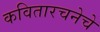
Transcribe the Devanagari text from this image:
कवितारचनेचे